Report of the Indian Hemp Drugs Commission, 1894-1895 - Volume V
Year: 1894
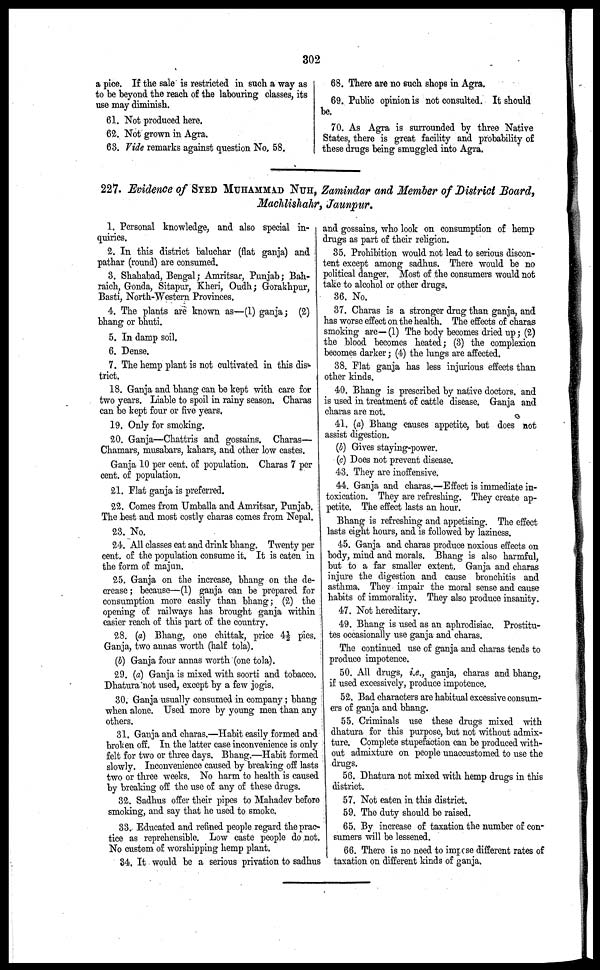
302
a pice. If the sale is restricted in such a way as
to be beyond the reach of the labouring classes, its
use may diminish.
61. Not produced here.
62. Not grown in Agra.
63. Fide remarks against question No. 58.
68. There are no such shops in Agra.
69. Public opinion is not consulted. It should
be.
70. As Agra is surrounded by three Native
States, there is great facility and probability of
these drugs being smuggled into Agra.
227. Evidence of SYED MUHAMMAD NUH, Zamindar and Member of District Board,
Machlishahr, Jaunpur.
1. Personal knowledge, and also special in-
quiries.
2. In this district baluchar (flat ganja) and
pathar (round) are consumed.
3. Shahabad, Bengal; Amritsar, Punjab; Bah-
raich, Gonda, Sitapur, Kheri, Oudh; Gorakhpur,
Basti, North-Western Provinces.
4. The plants are known as—(1) ganja; (2)
bhang or bhuti.
5. In damp soil.
6. Dense.
7. The hemp plant is not cultivated in this dis-
trict.
18. Ganja and bhang can be kept with care for
two years. Liable to spoil in rainy season. Charas
can be kept four or five years.
19. Only for smoking.
20. Ganja—Chattris and gossains. Charas—
Chamars, musabars, kahars, and other low castes.
Ganja 10 per cent. of population. Charas 7 per
cent. of population.
21. Flat ganja is preferred.
22. Comes from Umballa and Amritsar, Punjab.
The best and most costly charas comes from Nepal.
23. No.
24. All classes eat and drink bhang. Twenty per
cent. of the population consume it. It is eaten in
the form of majun.
25. Ganja on the increase, bhang on the de-
crease ; because—(1) ganja can be prepared for
consumption more easily than bhang; (2) the
opening of railways has brought ganja within
easier reach of this part of the country.
28. (a) Bhang, one chittak, price 4½ pies.
Ganja, two annas worth (half tola).
(b) Ganja four annas worth (one tola).
29. (a) Ganja is mixed with soorti and tobacco.
Dhatura not used, except by a few jogis.
30. Ganja usually consumed in company ; bhang
when alone. Used more by young men than any
others.
31. Ganja and charas.—Habit easily formed and
broken off. In the latter case inconvenience is only
felt for two or three days. Bhang.—Habit formed
slowly. Inconvenience caused by breaking off lasts
two or three weeks. No harm to health is caused
by breaking off the use of any of these drugs.
32. Sadhus offer their pipes to Mahadev before
smoking, and say that he used to smoke.
33. Educated and refined people regard the prac
tice as reprehensible. Low caste people do not.
No custom of worshipping hemp plant.
34. It would be a serious privation to sadhus
and gossains, who look on consumption of hemp
drugs as part of their religion.
35. Prohibition would not lead to serious discon-
tent except among sadhus. There would be no
political danger. Most of the consumers would not
take to alcohol or other drugs.
36. No.
37. Charas is a stronger drug than ganja, and
has worse effect on the health. The effects of charas
smoking are—(1) The body becomes dried up; (2)
the blood becomes heated; (3) the complexion
becomes darker; (4) the lungs are affected.
38. Flat ganja has less injurious effects than
other kinds.
40. Bhang is prescribed by native doctors, and
is used in treatment of cattle disease. Ganja and
charas are not.
41. (a) Bhang causes appetite, but does not
assist digestion.
(b) Gives staying-power.
(c) Does not prevent disease.
43. They are inoffensive.
44. Ganja and charas.—Effect is immediate in-
toxication. They are refreshing. They create ap-
petite. The effect lasts an hour.
Bhang is refreshing and appetising. The effect
lasts eight hours, and is followed by laziness.
45. Ganja and charas produce noxious effects on
body, mind and morals. Bhang is also harmful,
but to a far smaller extent. Ganja and charas
injure the digestion and cause bronchitis and
asthma. They impair the moral sense and cause
habits of immorality. They also produce insanity.
47. Not hereditary.
49. Bhang is used as an aphrodisiac. Prostitu-
tes occasionally use ganja and charas.
The continued use of ganja and charas tends to
produce impotence.
50. All drugs, i.e., ganja, charas and bhang,
if used excessively, produce impotence.
52. Bad characters are habitual excessive consum-
ers of ganja and bhang.
55. Criminals use these drugs mixed with
dhatura for this purpose, but not without admix-
ture. Complete stupefaction can be produced with-
out admixture on people unaccustomed to use the
drugs.
56. Dhatura not mixed with hemp drugs in this
district.
57. Not eaten in this district.
59. The duty should be raised.
65. By increase of taxation the number of con-
sumers will be lessened.
66. There is no need to impose different rates of
taxation on different kinds of ganja.